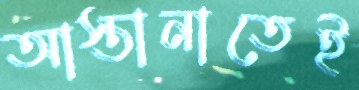
আস্তানাতেই